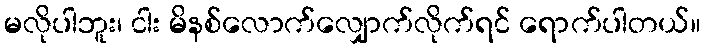
မလိုပါဘူး၊ ငါး မိနစ်လောက်လျှောက်လိုက်ရင် ရောက်ပါတယ်။